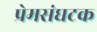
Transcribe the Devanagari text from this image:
प्रेमसंघटक